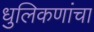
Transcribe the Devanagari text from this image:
धुलिकणांचा